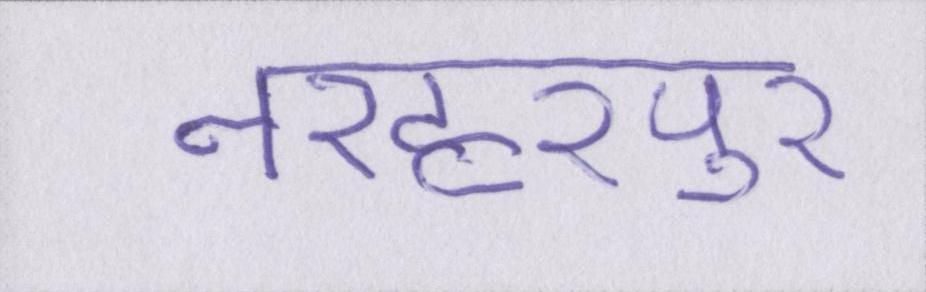
नरहरपुर